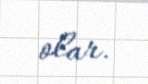
olar.